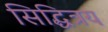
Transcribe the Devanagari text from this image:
सिद्धित्रय